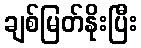
ချစ်မြတ်နိုးပြီး